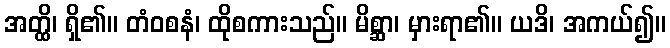
အတ္ထိ၊ ရှိ၏။ တံဝစနံ၊ ထိုစကားသည်။ မိစ္ဆာ၊ မှားရာ၏။ ယဒိ၊ အကယ်၍။